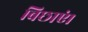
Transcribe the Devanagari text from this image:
बिछाएं।